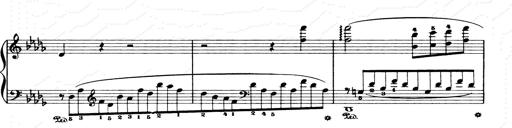
Title: Consolations and LiebestrÃ¤ume for the Piano
Composer: Franz Liszt